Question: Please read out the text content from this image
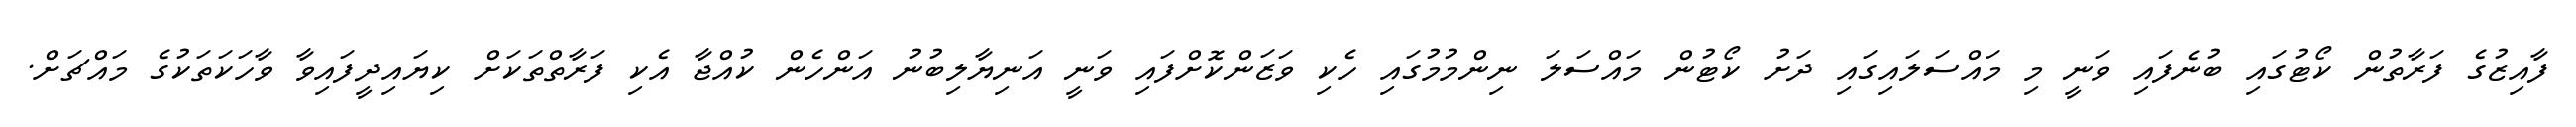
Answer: ފާއިޒުގެ ފަރާތުން ކޯޓުގައި ބުނެފައި ވަނީ މި މައްސަލައިގައި ދަށު ކޯޓުން މައްސަލަ ނިންމުމުގައި ހެކި ވަޒަންކޮށްފައި ވަނީ އަނިޔާލިބުނު އަންހެން ކުއްޖާ އެކި ފަރާތްތަކަށް ކިޔައިދީފައިވާ ވާހަކަތަކުގެ މައްޗަށް.